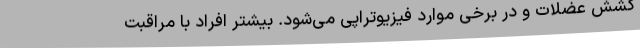
کشش عضلات و در برخی موارد فیزیوتراپی می‌شود. بیشتر افراد با مراقبت